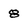
Character: 8